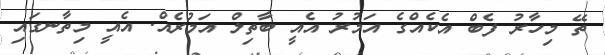
ތޭ މިހާރު ފެބް އެކެއްގެ އަމުރު އެއީ ބާތިލް އަމުރެއް. އެއީ މިތާނގައި